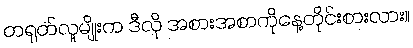
တရုတ်လူမျိုးက ဒီလို အစားအစာကိုနေ့တိုင်းစားလား။